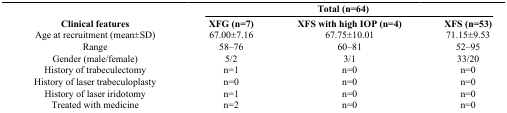
<table><thead><tr><td><b> </b></td><td colspan="3"><b>Total (n=64)</b></td></tr><tr><td><b>Clinical features</b></td><td><b>XFG (n=7)</b></td><td><b>XFS with high IOP (n=4)</b></td><td><b>XFS (n=53)</b></td></tr></thead><tbody><tr><td>Age at recruitment (mean±SD)</td><td>67.00±7.16</td><td>67.75±10.01</td><td>71.15±9.53</td></tr><tr><td>Range</td><td>58–76</td><td>60–81</td><td>52–95</td></tr><tr><td>Gender (male/female)</td><td>5/2</td><td>3/1</td><td>33/20</td></tr><tr><td>History of trabeculectomy</td><td>n=1</td><td>n=0</td><td>n=0</td></tr><tr><td>History of laser trabeculoplasty</td><td>n=0</td><td>n=0</td><td>n=0</td></tr><tr><td>History of laser iridotomy</td><td>n=1</td><td>n=0</td><td>n=0</td></tr><tr><td>Treated with medicine</td><td>n=2</td><td>n=0</td><td>n=0</td></tr></tbody></table>